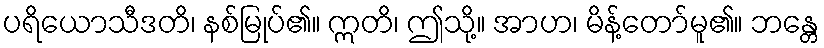
ပရိယောသီဒတိ၊ နစ်မြုပ်၏။ ဣတိ၊ ဤသို့။ အာဟ၊ မိန့်တော်မူ၏။ ဘန္တေ